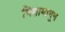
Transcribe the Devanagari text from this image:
भिक्षामागून